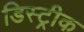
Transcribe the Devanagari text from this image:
डिस्ट्रीक